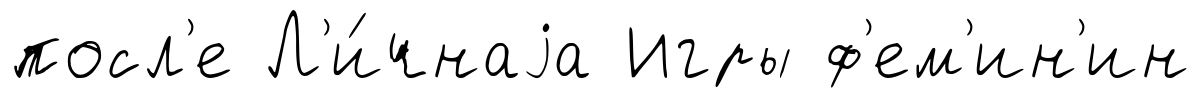
посл'е Л'и́чнаjа Игры ф'ем'ин'ин